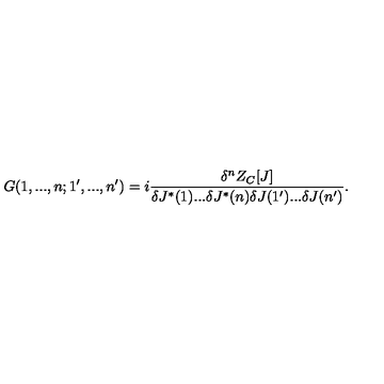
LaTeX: G ( 1 , . . . , n ; 1 ^ { \prime } , . . . , n ^ { \prime } ) = i \frac { \delta ^ { n } Z _ { C } [ J ] } { \delta J ^ { * } ( 1 ) . . . \delta J ^ { * } ( n ) \delta J ( 1 ^ { \prime } ) . . . \delta J ( n ^ { \prime } ) } \raisebox { - 2 . 8 5 m m } { \scriptsize { J ^ { * } = J = 0 } } .